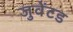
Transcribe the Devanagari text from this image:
जुवेंटड